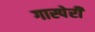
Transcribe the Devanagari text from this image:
गास्पेरी